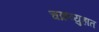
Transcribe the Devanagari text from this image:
चक्रव्युहात